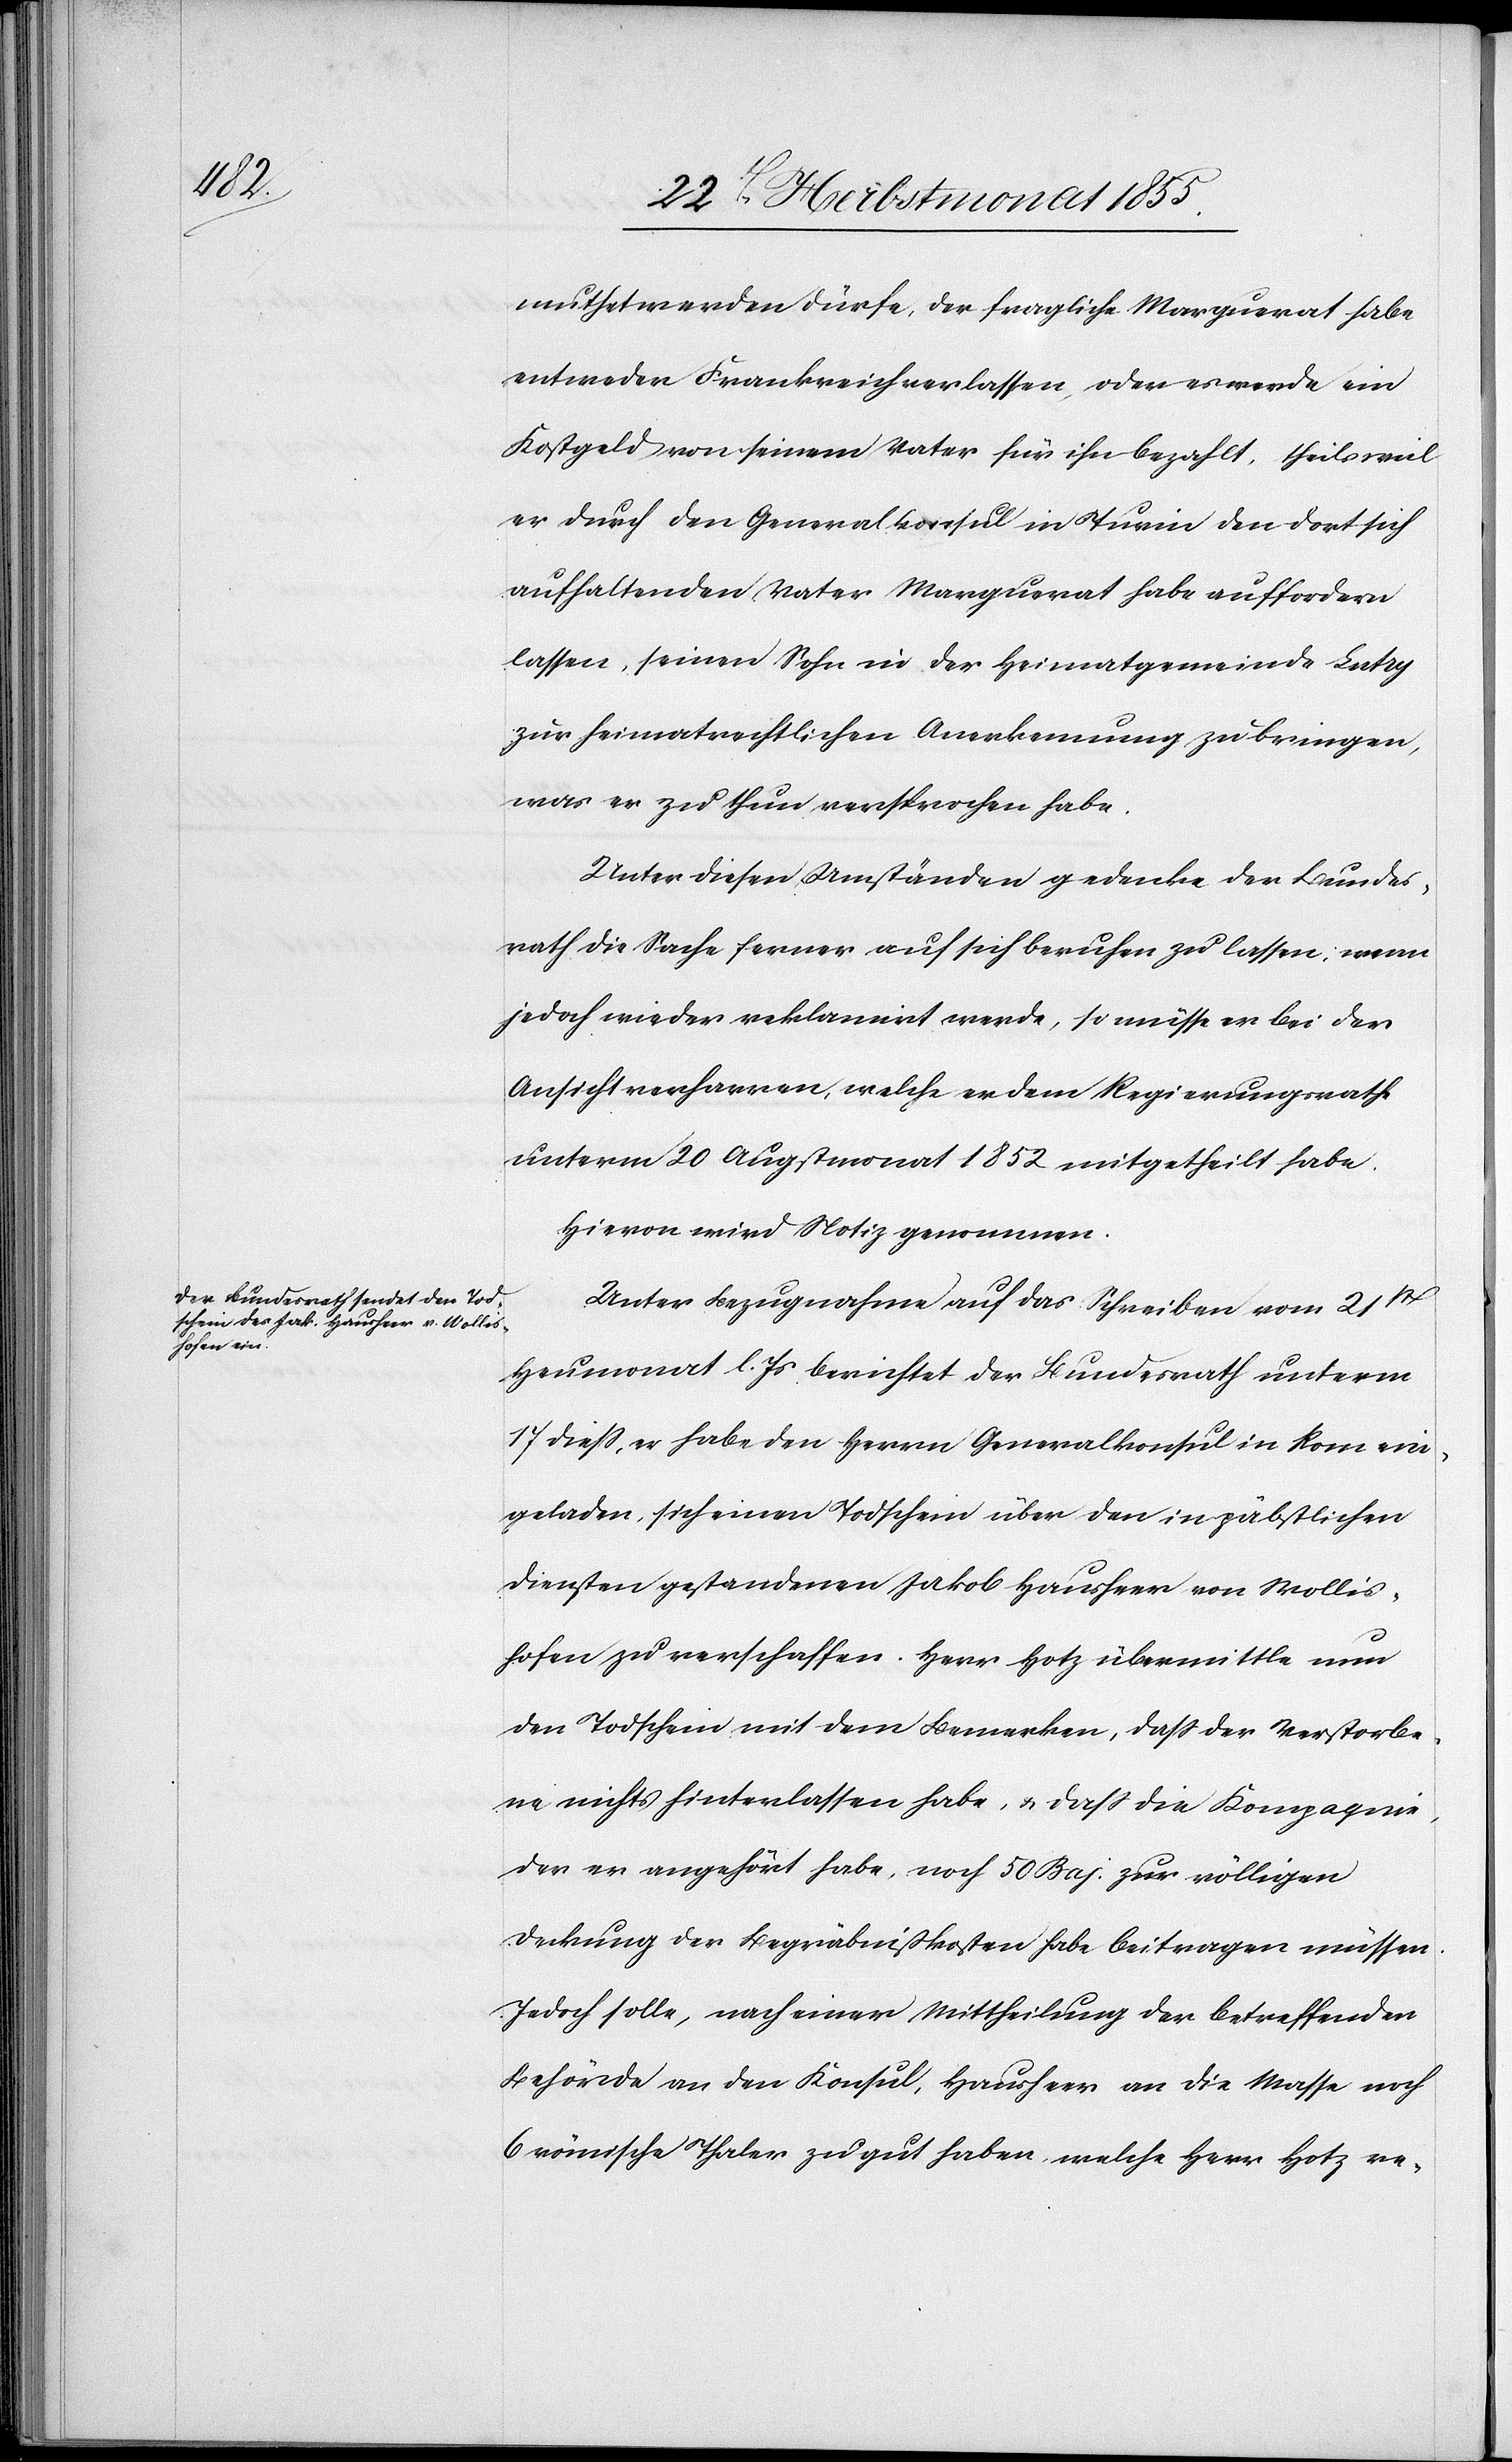
muthet werden dürfe, der fragliche Marguerat habe
entweder Frankreich verlassen, oder es werde ein
Kostgeld von seinem Vater für ihn bezahlt, theils weil
er durch den Generalkonsul in Turin den dort sich
aufhaltenden Vater Marguerat habe auffordern
lassen, seinen Sohn in der Heimatgemeinde Lutry
zur heimatrechtlichen Anerkennung zu bringen,
was er zu thun versprochen habe.
Unter diesen Umständen gedenke der Bundes¬
rath die Sache ferner auf sich beruhen zu lassen; wenn
jedoch wieder reklamirt werde, so müsse er bei der
Ansicht verharren, welche er dem Regierungsrathe
unterm 20 Augstmonat 1852 mitgetheilt habe.
Hievon wird Notiz genommen.
Unter Bezugnahme auf das Schreiben vom 21st
Heumonat l. Js berichtet der Bundesrath unterm
17 diess, er habe den Herrn Generalkonsul in Rom ein¬
geladen, sich einen Todschein über den in päbstlichen
Diensten gestandenen Jakob Hausheer von Wollis¬
hofen zu verschaffen. Herr Hotz übermittle nun
den Todschein mit dem Bemerken, dass der Verstorbe¬
ne nichts hinterlassen habe, & dass die Kompagnie,
der er angehört habe, noch 50 Baj. zur völligen
Deckung der Begräbnißkosten habe beitragen müssen.
Jedoch solle, nach einer Mittheilung der betreffenden
Behörde an den Konsul, Hausheer an die Masse noch
6 römische Thaler zu gut haben, welche Herr Hotz re-